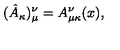
( \hat { A } _ { \kappa } ) _ { \mu } ^ { \nu } = A _ { \mu \kappa } ^ { \nu } ( x ) ,